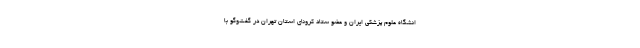
انشگاه علوم پزشکی ایران و عضو ستاد کرونای استان تهران در گفت‌وگو با